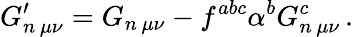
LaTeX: G_{n\, \mu\nu}^{\prime}=G_{n\, \mu\nu}-f^{abc}\alpha^{b}G_{n\, \mu\nu}^{c}\, .